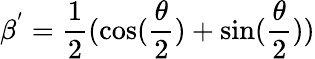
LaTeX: \beta^{'}=\frac{1}{2}(\cos(\frac{\theta}{2})+\sin(\frac{\theta}{2}))